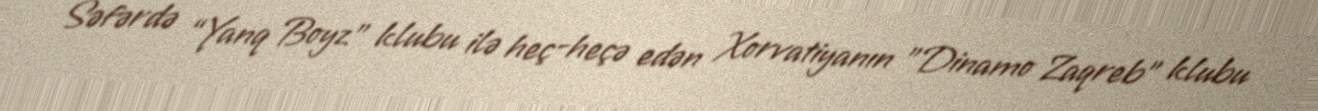
Səfərdə “Yanq Boyz” klubu ilə heç-heçə edən Xorvatiyanın "Dinamo Zaqreb" klubu